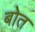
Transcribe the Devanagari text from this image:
बोत